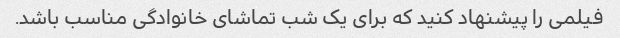
فیلمی را پیشنهاد کنید که برای یک شب تماشای خانوادگی مناسب باشد.